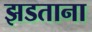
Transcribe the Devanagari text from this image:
झडताना